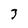
Character: 7